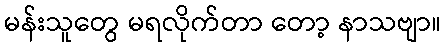
မန်းသူတွေ မရလိုက်တာ တော့ နာသဗျာ။